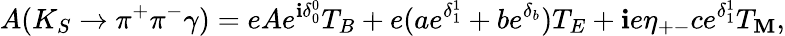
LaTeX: A(K_{S}\rightarrow\pi^{+}\pi^{-}\gamma)=eAe^{\mathbf{i}\delta_{0}^{0}}T_{B}+e(ae^{\delta_{1}^{1}}+be^{\delta_{b}})T_{E}+\mathbf{i}e\eta_{+-}ce^{\delta_{1}^{1}}T_{\mathbf{M}},